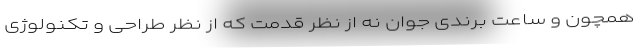
همچون و ساعت برندی جوان نه از نظر قدمت که از نظر طراحی و تکنولوژی